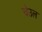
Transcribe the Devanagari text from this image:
चेउल